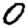
Digit: 0